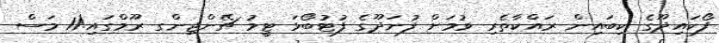
ފޯކައިދޫގެ ކިބައިން ރައްކާތެރި ވުމަށް ފުނަދޫގެ ފުޓުބޯޅަ ޓީމު ޗޭންޖިންގ ރޫމްގައި!11 މަސް